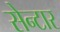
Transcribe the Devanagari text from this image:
सेन्टार